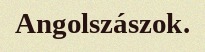
Angolszászok.